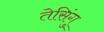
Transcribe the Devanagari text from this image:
तेसिंगु